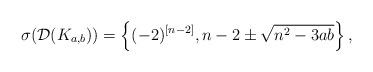
LaTeX: \begin{align*}\sigma(\mathcal{D}(K_{a,b}))=\left\{(-2)^{[n-2]}, n-2\pm\sqrt{n^{2}-3ab} \right\},\end{align*}